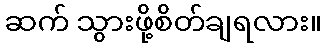
ဆက် သွားဖို့စိတ်ချရလား။